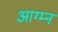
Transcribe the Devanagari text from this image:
आग्म्न